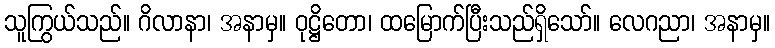
သူကြွယ်သည်။ ဂိလာနာ၊ အနာမှ။ ဝုဋ္ဌိတော၊ ထမြောက်ပြီးသည်ရှိသော်။ လေဂညာ၊ အနာမှ။